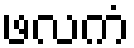
ဖလကံ